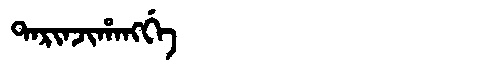
Manchu: ᡨᠠᡵᡳᠨᠵᡳᡥᠠᠩᡤᡝ
Romanization: TARINJIHANGGE